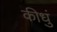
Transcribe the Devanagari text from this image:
कीधुं